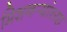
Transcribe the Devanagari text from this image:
मिशनर्‍यांच्या